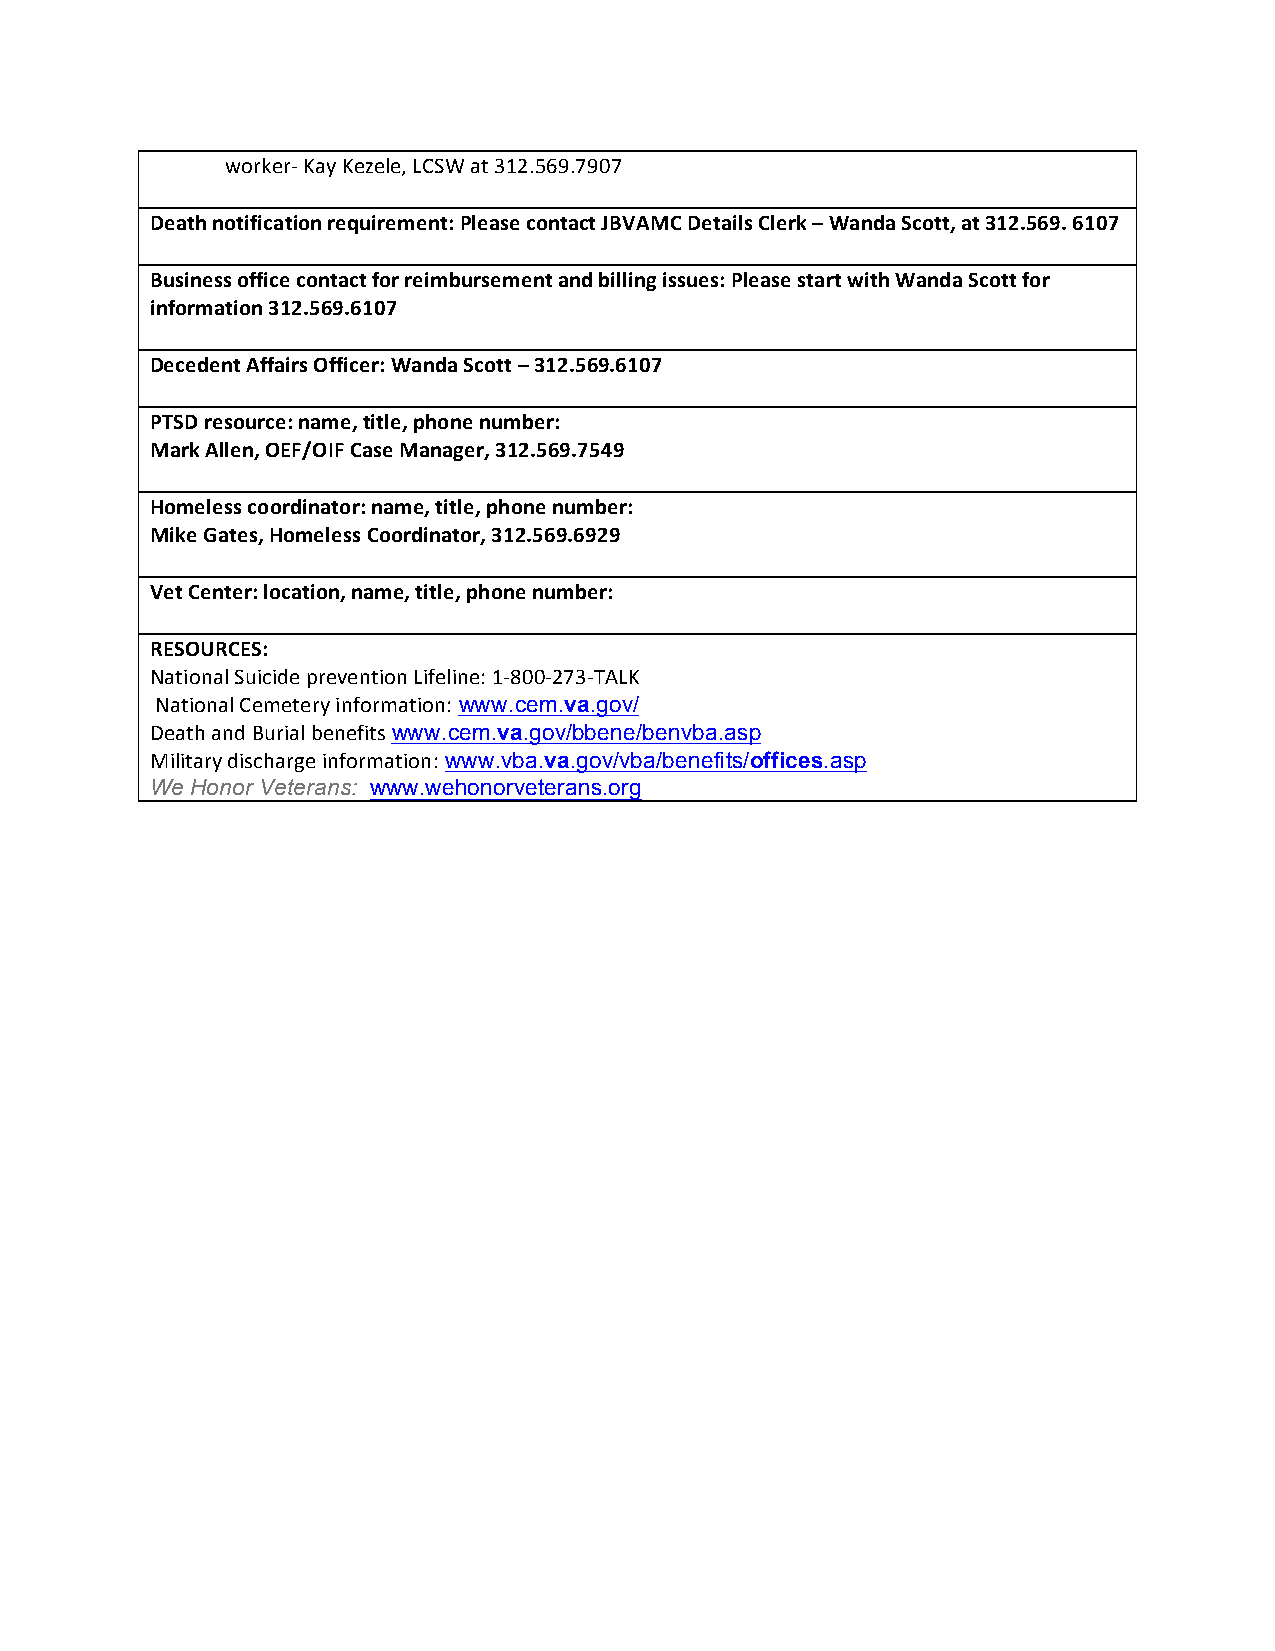
worker-­‐ Kay Kezele, LCSW at 312.569.7907
 Death notification requirement: Please contact JBVAMC Details Clerk – Wanda Scott, at 312.569. 6107
 Business office contact for reimbursement and billing issues: Please start with Wanda Scott for
 information 312.569.6107
 Decedent Affairs Officer: Wanda Scott – 312.569.6107
 PTSD resource: name, title, phone number:
 Mark Allen, OEF/OIF Case Manager, 312.569.7549
 Homeless coordinator: name, title, phone number:
 Mike Gates, Homeless Coordinator, 312.569.6929
 Vet Center: location, name, title, phone number:
 RESOURCES:
 National Suicide prevention Lifeline: 1-­‐800-­‐273-­‐TALK
 National Cemetery information: www.cem.va.gov/
 Death and Burial benefits www.cem.va.gov/bbene/benvba.asp
 Military discharge information: www.vba.va.gov/vba/benefits/offices.asp
 We Honor Veterans: www.wehonorveterans.org